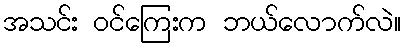
အသင်း ဝင်ကြေးက ဘယ်လောက်လဲ။